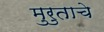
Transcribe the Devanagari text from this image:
मुरुताचे